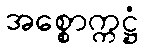
အစ္စောက္ကဋ္ဌံ